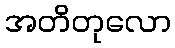
အတိတုလော